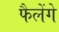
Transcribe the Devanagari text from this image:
फैलेंगे